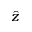
\hat { z }